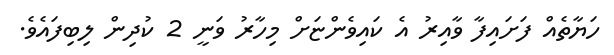
ހަޔާތެއް ފަށައިފާ ވާއިރު އެ ކައިވެންޏަށް މިހާރު ވަނީ 2 ކުދިން ލިބިފައެވެ.